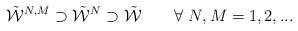
LaTeX: \begin{align*}\tilde{\mathcal{W}}^{N,M}\supset\tilde{\mathcal{W}}^{N}\supset \tilde{\mathcal{W}}\ \ \ \ \ \ \forall \ N, M =1,2,...\end{align*}